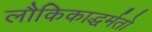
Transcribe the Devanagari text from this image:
लौकिकाद्धर्मतो